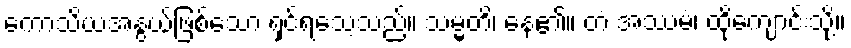
ကောသိယအနွယ်ဖြစ်သော ရှင်ရသေ့သည်။ သမ္မတိ၊ နေ၏။ တံ အဿမံ၊ ထိုကျောင်းသို့။